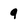
Character: q